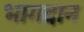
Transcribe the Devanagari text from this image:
भागदान